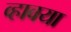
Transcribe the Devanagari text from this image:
व्हावया